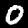
Digit: 0